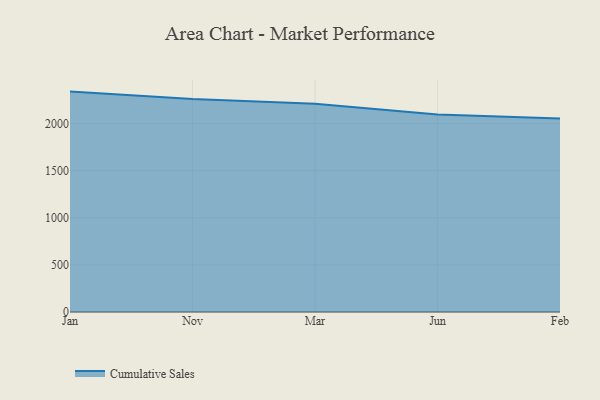
{"axis": {"x": "Month", "y": "Latency (ms)"}, "legend": ["Cumulative Sales"], "data": [{"x": "Jan", "y": 2338.8, "type": "Cumulative Sales"}, {"x": "Nov", "y": 2259.7, "type": "Cumulative Sales"}, {"x": "Mar", "y": 2211.1, "type": "Cumulative Sales"}, {"x": "Jun", "y": 2097.1, "type": "Cumulative Sales"}, {"x": "Feb", "y": 2054.6, "type": "Cumulative Sales"}]}